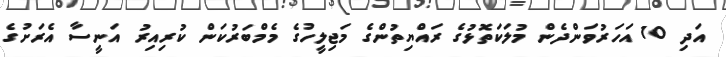
އަދި 10 އަހަރުވަންދެން މުލަކަތޮޅުގެ ރައްޔިތުންގެ މަޖިލީހުގެ މެމްބަރުކަން ކުރިއިރު އަނީސާ އެރަށުގެ